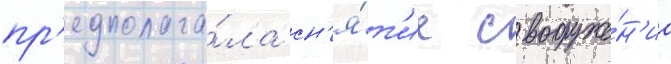
пр'едполага́ла сн'я́т'ие с вооруже́н'иа